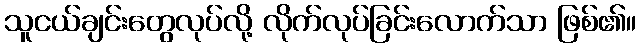
သူငယ်ချင်းတွေလုပ်လို့ လိုက်လုပ်ခြင်းလောက်သာ ဖြစ်၏။